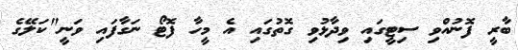
ބާރީ ފޮނުއްވި ސިޓީގައި ވިދާޅުވި ގޮތުގައި އެ މީހާ ފޮޓޯ ނަގާފައި ވަނީ"ކަލޭގެ